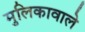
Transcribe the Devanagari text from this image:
मुलिकावाले